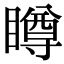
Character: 𥊭